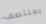
بمنتصف